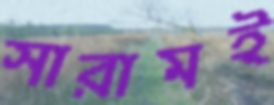
সারামই